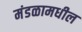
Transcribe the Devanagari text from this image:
मंडळामधील